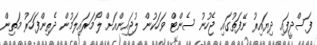
ފަސްދީފައި ދިޔައިރު ނޭފަތުގައި ޖެހުނު ސެންޓް ވަހަކުން ލުޖައިންއަށް ލޯމަރައިލަމުން ދެތިންފަހަރު މަތިން